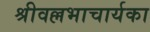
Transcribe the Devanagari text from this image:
श्रीवल्लभाचार्यका